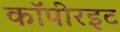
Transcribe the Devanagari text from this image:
कॉपीरइट